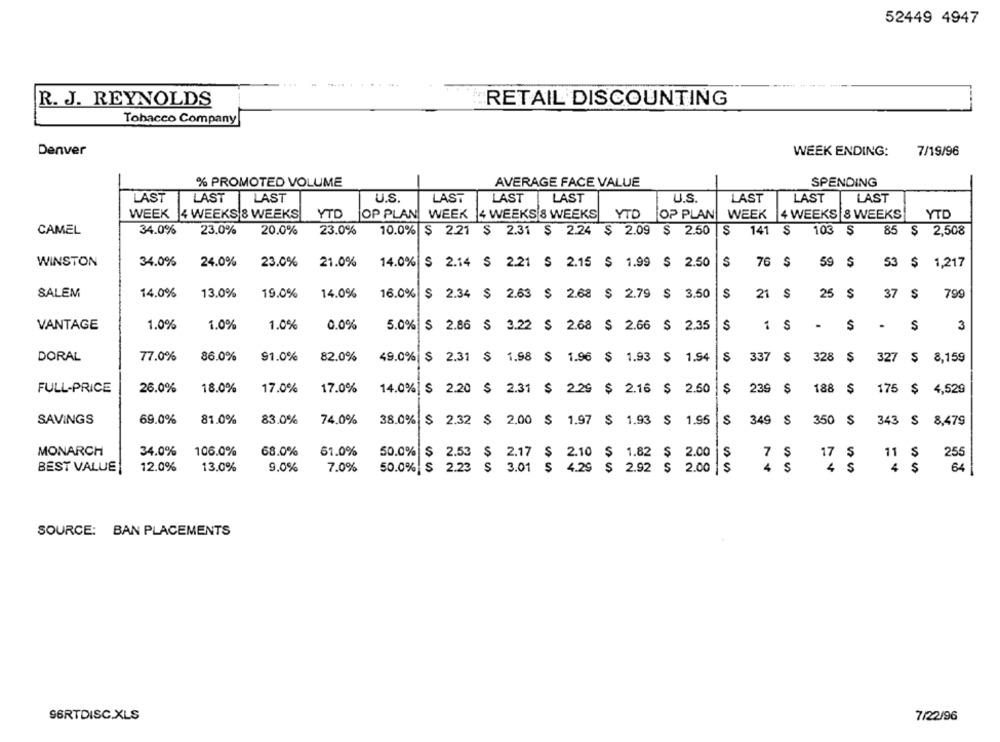
52449 4947
R. J. REYNOLDS
RETAIL DISCOUNTING
Tobacco Company
Denver
WEEK ENDING:
7/19/96
% PROMOTED VOLUME
AVERAGE FACE VALUE
-
SPENDING
LAST
LAST LAST
U.S.
LAST
LAST LAST
U.S.
LAST
LAST
LAST
WEEK 4 WEEKS 8 WEEKS
YTD JOP PLAN WEEK |4 WEEKS 8 WEEKS
YTD
JOP PLAN
WEEK 4 WEEKS 8 WEEKS
YTD
CAMEL
34.0%
23.0%
20.0%
23.0%
10.0% $ 2.21 $ 2.31 $ 2.24 $ 2.09 $ 2.50
S
141 S
$
103
85 $ 2,508
WINSTON
34.0%
24.0%
23.0%
21.0%
14.0% $ 2.14 $ 2.21 $ 2.15 $ 1.99 $ 2.50
S
76 $
59
$
53 $ 1,217
SALEM
14.0%
13.0%
19.0%
14.0%
16.0%
$ 2.34 $ 2.63 $ 2.68 $ 2.79 $ 3.50
$
21 $
S
25
$
37
79
VANTAGE
1.0%
1.0%
1.0%
0.0%
5.0% $ 2.86 S 3.22 $ 2.68 $ 2.66 $ 2.35
S
1
S
.
$
$
3
77.0%
86.0%
91.0%
82.0%
S
337
328 $
DORAL
49.0% $ 2.31 $ 1.98 $ 1.96 $ 1.93 $ 1.94
327 $ 8,159
FULL-PRICE
26.0%
18.0%
17.0%
17.0%
14.0% | $ 2.20 $ 2.31 $ 2.29 $ 2.16 $ 2.50
S
239 $
188 $
:175
4,529
SAVINGS
69.0%
81.0%
83.0%
74.0%
38.0% $ 2.32 $ 2.00 $ 1.97 $ 1.93 $ 1.95
S
349 S
S
350 $ 343 $ 8,479
MONARCH
34.0%
106.0%
68.0%
61.0%
50.0% $ 2.53 $ 2.17 $ 2.10 $ 1.82 $ 2.00
7 $
17 $
11 S
255
12.0%
13.0%
9.0%
4 $
BEST VALUE
7.0%
50.0% $ 2.23 $ 3.01 $ 4.29 $ 2.92 $ 2.00 $
4 $
4 $
64
SOURCE: BAN PLACEMENTS
96RTDISC.XLS
7/22/96